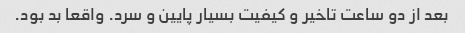
بعد از دو ساعت تاخیر و کیفیت بسیار پایین و سرد. واقعا بد بود.